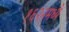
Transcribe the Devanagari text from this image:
१६२२मध्ये